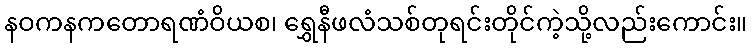
နဝကနကတောရဏံဝိယစ၊ ရွှေနီဖလံသစ်တုရင်းတိုင်ကဲ့သို့လည်းကောင်း။